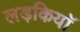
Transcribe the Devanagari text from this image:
लड़कियाॅ